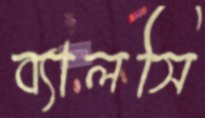
ব্যালসি